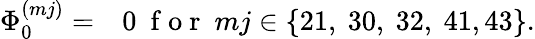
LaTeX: \begin{array}{rl}{{\Phi}_{0}^{(mj)}=}&{{}0~\mathrm{~f~o~r~}~mj\in\{ 21,~30,~32,~41,43\} .}\end{array}